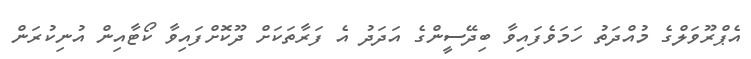
އެޕްރޫވަލްގެ މުއްދަތު ހަމަވެފައިވާ ބިދޭސީންގެ އަދަދު އެ ފަރާތަކަށް ދޫކޮށްފައިވާ ކޯޓާއިން އުނިކުރަން